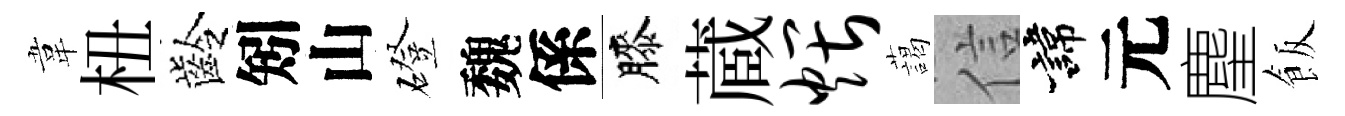
韋杻齡矧山磴魏係膝蔵煨藹信諱元麈飯